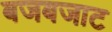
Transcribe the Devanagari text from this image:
बजबजाट